Report of the Hyderabad Chloroform Commission
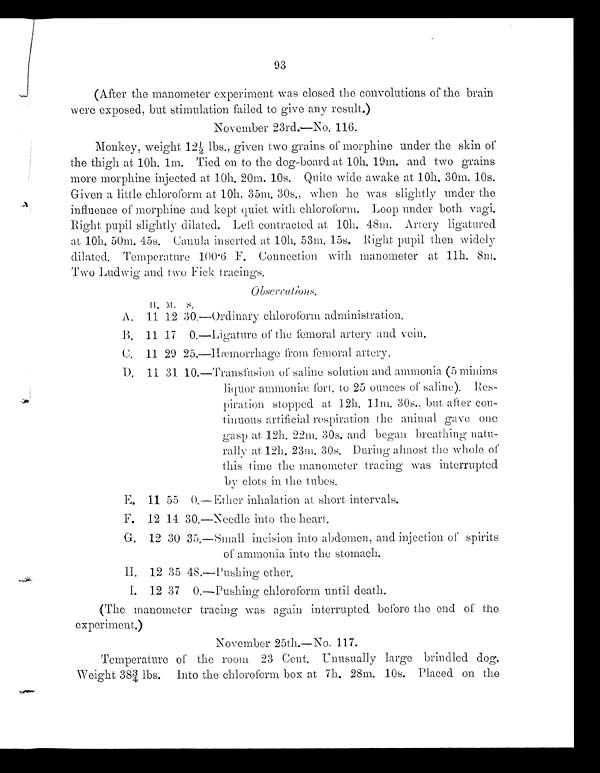
93
(After the manometer experiment was closed the convolutions of the brain
were exposed, but stimulation failed to give any result.)
November 23rd.—No.
113.
Monkey, weight 12½ lbs., given two grains of morphine under the skin of
the thigh at 10h. 1m. Tied on to the dog-board at 10h. 19m. and two grains
more morphine injected at 10h. 20m. 10s. Quite wide awake at 10h. 30m.
10s. Given a little chloroform at 10h. 35m. 30s., when he was slightly under the
influence of morphine and kept quiet with chloroform. Loop under both vagi.
Right pupil slightly dilated. Left contracted at 10h. 48m. Artery ligature
d at 10h. 50m. 45s. Canula inserted at 10h. 53m. 15s. Right pupil then
widely dilated . Temperature 100·6 F. Connection with manometer at 11h. 8m.
Two Ludwig and two Fick tracings.
Obse rvations.
H. M .
S.
A. 11 12 30. —Ordinary chloroform administration.
B. 11 17 0. —Li gat ur e of t he f emor al ar t er y and
veine.
C. 11 29 25. —Hæmorrhage f r om f emoral
artery.
D.11 31 10. —Tr a ns f us i o n of s al i ne sol ut i on a n d a mmo n i a ( 5
mi ni ms l i quor ammo n i æf or t . t o 25 ounces of s al i ne) . Res-
pi rat i on st opped at 12h. 11m. 30s., but after con-
t i nuous art i fi ci al respi rat i on t he ani mal gave
one gas p at 12h. 22m. 30s . and began breathing natu-
ral l y at 12h. 23m. 30s. Dur i ng al most t he whol e
of t hi s t i me t he manomet er t raci ng wa s interrupted
by clots in the tubes.
E. 11 55 0. —Et her inhalation at short intervals
.
F. 12 14 30.—Needle into the
heart.
G. 1 2 3 0 3 5 . —Sma l l i nc i s i o n i nt o abdomen and injection of spirits
of ammonia into the stomach
.
H. 12 35 48.—Pushing e t h e r
.
I. 12 37 0. —Pushi ng chl orof orm until death.
( Thema n o me t e r t r a c i n g wa s a g a i n i n t e r r u p t e d be f or et h e e n d o f the
experiment.)
November 25th.—
No. 117
Te mpe r a t ur e o f t h e r o o m 2 3 Ce n t . Unus ua l l yl a r ge br i ndl e d dog.
Weight 38¾ lbs. Into the chloroform box at 7h. 28m. 10s. Placed on the